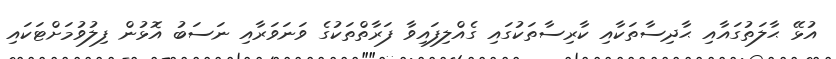
އުޅޭ ޙާލަތުގައާއި ޙާދިސާތަކާއި ކާރިސާތަކުގައި ގެއްލިފައިވާ ފަރާތްތަކުގެ ވަނަވަރާއި ނަސަބު އޮޅުން ފިލުވުމަށްޓަކައި